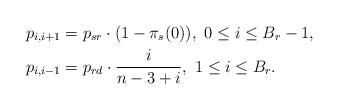
LaTeX: \begin{align*}& p_{i,i+1}=p_{sr} \cdot (1-\pi_s(0)), \ 0 \leq i \leq B_r-1, \\& p_{i,i-1}=p_{rd} \cdot \frac{i}{n-3+i}, \ 1 \leq i \leq B_r. \end{align*}